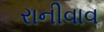
રાનીવાવ